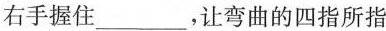
右手握住___，让弯曲的四指所指